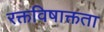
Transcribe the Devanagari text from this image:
रक्तविषाक्तता